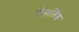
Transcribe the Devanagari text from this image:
रोसलिंड